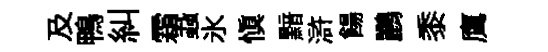
及鴨糾霜蝨氷愼黯滸餳鸝黍鷹